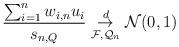
LaTeX: \begin{align*} \frac{\sum_{i=1}^n w_{i,n}u_i}{s_{n,Q}} \underset{\mathcal{F},\mathcal{Q}_n}{\overset{d}{\to}} \mathcal{N}(0,1)\end{align*}